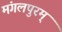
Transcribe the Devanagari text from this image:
मंगलपुरम्